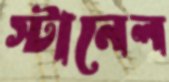
স্টানেল